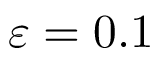
\varepsilon = 0 . 1